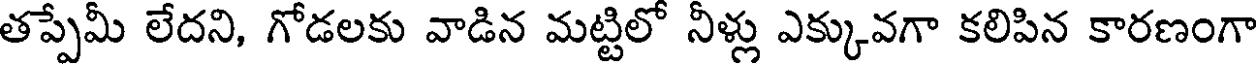
తప్పేమీ లేదని, గోడలకు వాడిన మట్టిలో నీళ్లు ఎక్కువగా కలిపిన కారణంగా